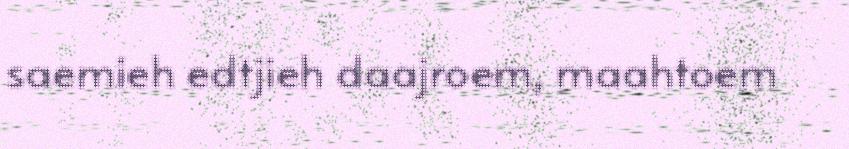
saemieh edtjieh daajroem, maahtoem